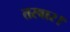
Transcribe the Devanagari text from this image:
तरवार।